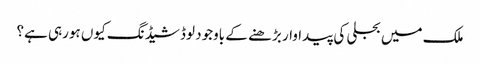
ملک میں بجلی کی پیداوار بڑھنے کے باوجود لوڈشیڈنگ کیوں ہورہی ہے؟